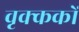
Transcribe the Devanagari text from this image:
वृक्ककों